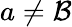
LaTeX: a\neq\mathcal{B}